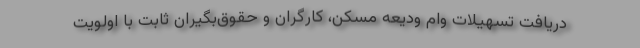
دریافت تسهیلات وام ودیعه مسکن، کارگران و حقوق‌بگیران ثابت با اولویت